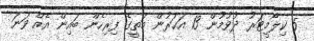
5 ކިލޯމީޓަރު ދުވުމުން 13 އަހަރުން މަތީގެ ފިރިހެން ބައިން އެއް ވަނަ